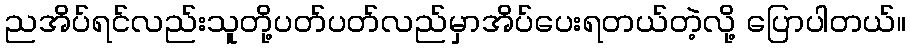
ညအိပ်ရင်လည်းသူတို့ပတ်ပတ်လည်မှာအိပ်ပေးရတယ်တဲ့လို့ ပြောပါတယ်။